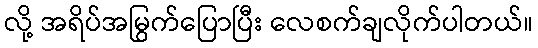
လို့ အရိပ်အမြွက်ပြောပြီး လေစက်ချလိုက်ပါတယ်။